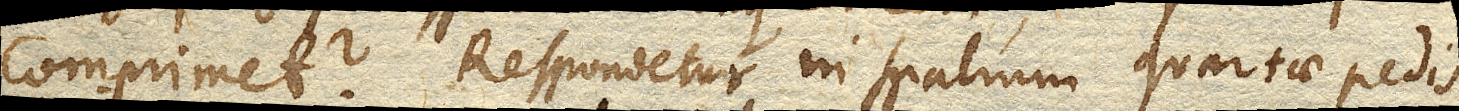
comprimet? Respondetur in spatium quartae pedis.